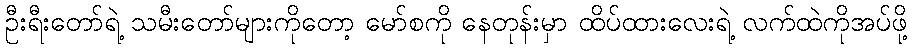
ဦးရီးတော်ရဲ့ သမီးတော်များကိုတော့ မော်စကို နေတုန်းမှာ ထိပ်ထားလေးရဲ့ လက်ထဲကိုအပ်ဖို့